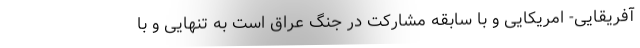
آفریقایی- امریکایی و با سابقه مشارکت در جنگ عراق است به تنهایی و با